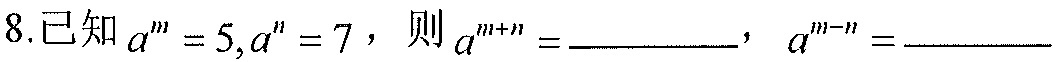
8.已知\(a^{m}=5,a^{n}=7\)，则\(a^{m + n}=\underline{\quad\quad}\)，\(a^{m - n}=\underline{\quad\quad}\)